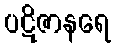
ပဋိဇာနရေ